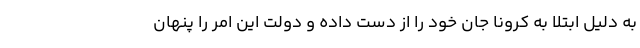
به دلیل ابتلا به کرونا جان خود را از دست داده و دولت این امر را پنهان